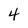
Character: 4